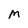
Character: m